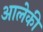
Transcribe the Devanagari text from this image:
आलेकी